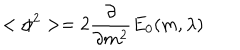
LaTeX: < \phi ^ { 2 } > = 2 \frac { \partial } { \partial m ^ { 2 } } E _ { 0 } ( m , \lambda )